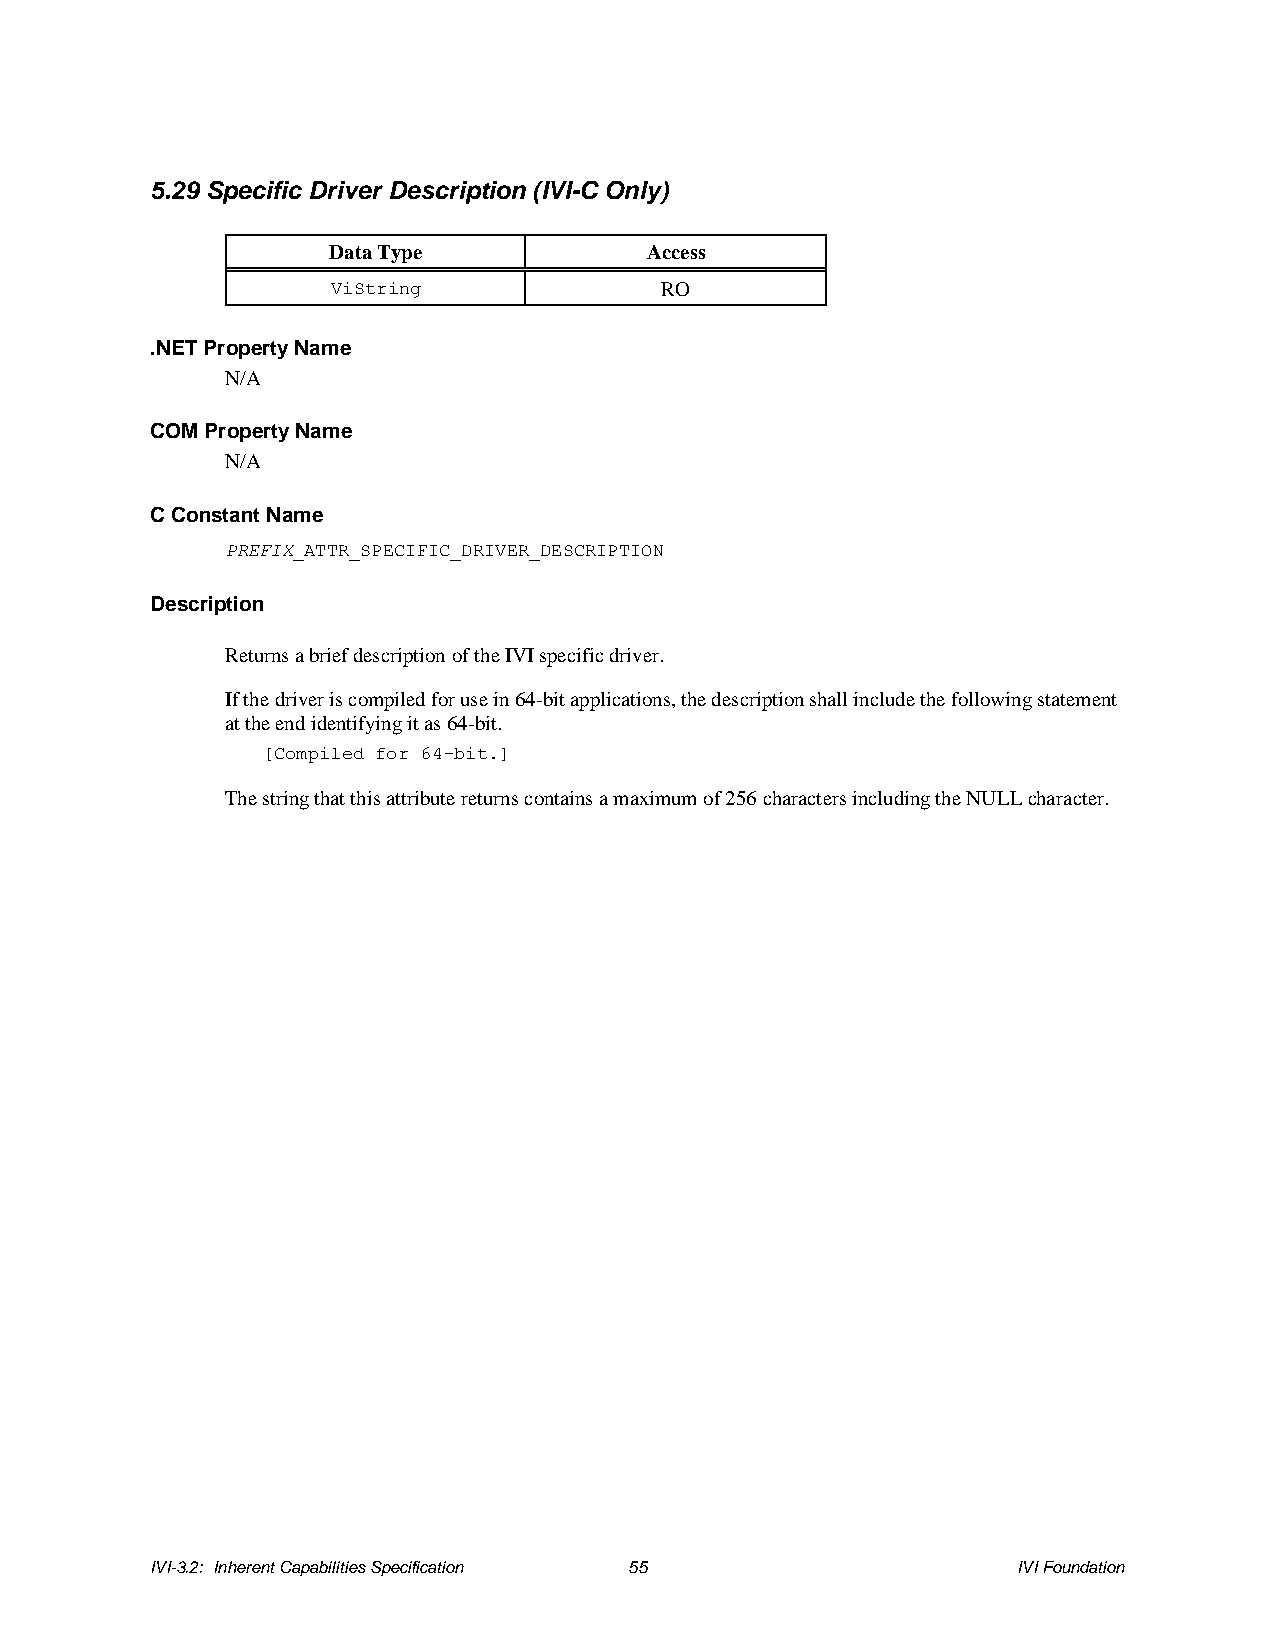
5.29 Specific Driver Description (IVI-C Only)
 Data Type            Access
 ViString              RO
 .NET Property Name
 N/A
 COM Property Name
 N/A
 C Constant Name
 PREFIX_ATTR_SPECIFIC_DRIVER_DESCRIPTION
 Description
 Returns a brief description of the IVI specific driver.
 If the driver is compiled for use in 64-bit applications, the description shall include the following statement
 at the end identifying it as 64-bit.
 [Compiled for 64-bit.]
 The string that this attribute returns contains a maximum of 256 characters including the NULL character.
 IVI-3.2: Inherent Capabilities Specification 55          IVI Foundation